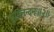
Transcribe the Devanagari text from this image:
भूमिनन्दनः॥२॥